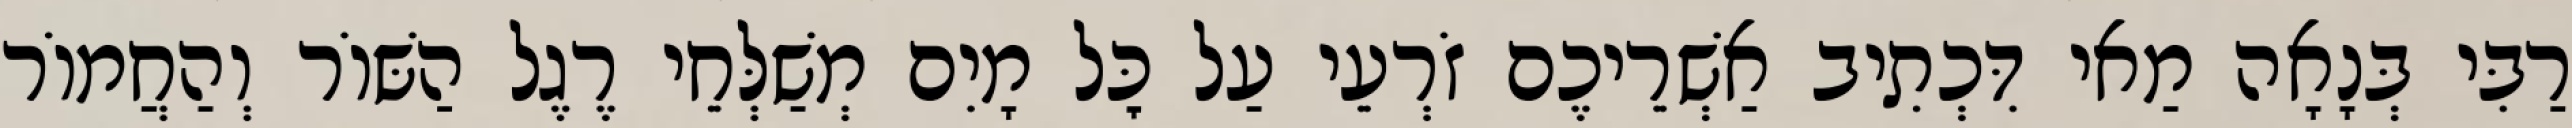
רַבִּי בְּנָאָה מַאי דִּכְתִיב אַשְׁרֵיכֶם זֹרְעֵי עַל כׇּל מָיִם מְשַׁלְּחֵי רֶגֶל הַשּׁוֹר וְהַחֲמוֹר